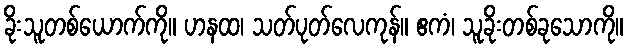
ခိုးသူတစ်ယောက်ကို။ ဟနထ၊ သတ်ပုတ်လေကုန်။ ဧကံ၊ သူခိုးတစ်ခုသောကို။